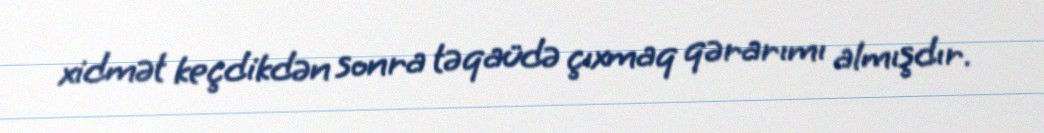
xidmət keçdikdən sonra təqaüdə çıxmaq qərarımı almışdır.